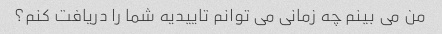
من می بینم چه زمانی می توانم تاییدیه شما را دریافت کنم؟